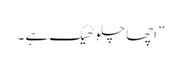
” اچھا چلو ٹھیک ہے ۔